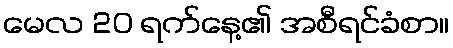
မေလ 20 ရက်နေ့၏ အစီရင်ခံစာ။